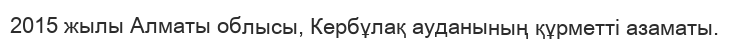
2015 жылы Алматы облысы, Кербұлақ ауданының құрметті азаматы.